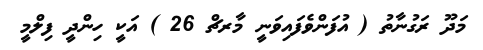
މަދޫ ރަގުނާތު ( އުފަންވެފައިވަނީ މާރޗް 26 ) އަކީ ހިންދީ ފިލްމީ